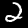
Digit: 2